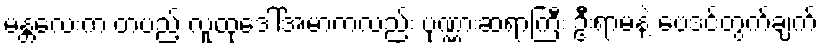
မန္တလေးက တပည့် လူထုဒေါ်အမာကလည်း ပုဏ္ဏားဆရာကြီး ဦးရာမနဲ့ ဗေဒင်တွက်ချက်